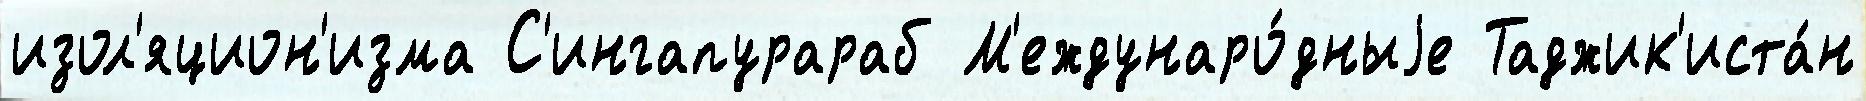
изол'яцион'изма С'ингапурараб М'еждунаро́дныjе Таджик'иста́н